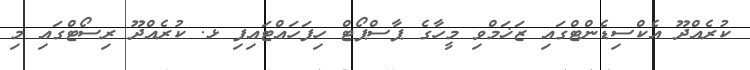
ކުރެއްދޫ އެކްސިޑެންޓްގައި ޒަޚަމްވި މީހާގެ ޕާސްޕޯޓް ހިފަހައްޓައިފި ޅ. ކުރެއްދޫ ރިސޯޓްގައި މި